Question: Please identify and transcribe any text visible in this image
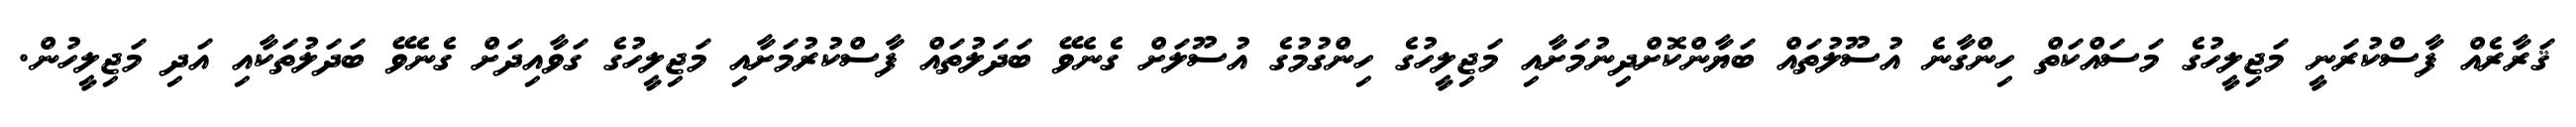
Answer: ޤަރާރެއް ފާސްކުރަނީ މަޖިލީހުގެ މަސައްކަތް ހިންގާނެ އުސޫލުތައް ބަޔާންކޮށްދިނުމަށާއި މަޖިލީހުގެ ހިންގުމުގެ އުސޫލަށް ގެނެވޭ ބަދަލުތައް ފާސްކުރުމަށާއި މަޖިލީހުގެ ގަވާއިދަށް ގެނެވޭ ބަދަލުތަކާއި އަދި މަޖިލީހުން.